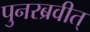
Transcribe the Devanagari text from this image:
पुनरब्रवीत्